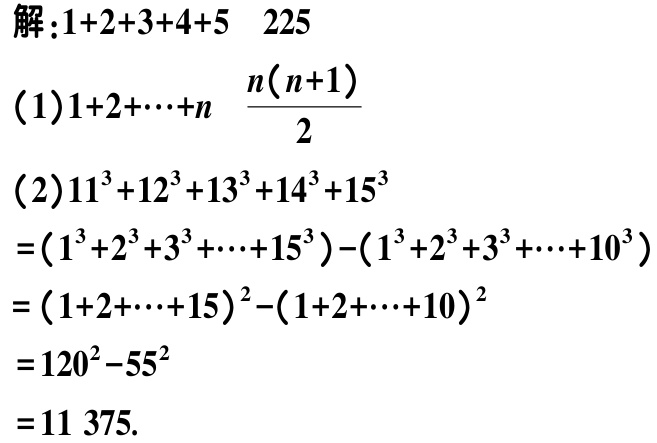
解：\(1 + 2 + 3 + 4 + 5\)  \(225\)

(1)\(1 + 2 + \cdots + n\)  \(\frac{n(n + 1)}{2}\)

(2)\(11^{3}+12^{3}+13^{3}+14^{3}+15^{3}\)

\(=(1^{3}+2^{3}+3^{3}+\cdots + 15^{3})-(1^{3}+2^{3}+3^{3}+\cdots + 10^{3})\)

\(=(1 + 2 + \cdots + 15)^{2}-(1 + 2 + \cdots + 10)^{2}\)

\(=120^{2}-55^{2}\)

\(=11375\)